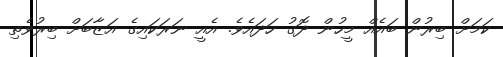
ކަމަށް ބިރުން ބައެއް މީހުން ދޮގު ހަދައެވެ. އެއީ ނަރަކައިގެ އަޒާބަށް ބިރުވެތި